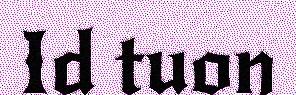
Id tuon